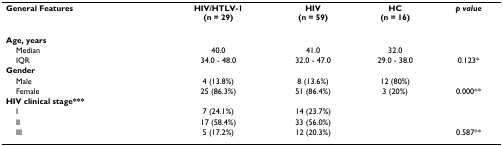
<table><thead><tr><td><b>General Features</b></td><td><b>HIV/HTLV-1(n = 29)</b></td><td><b>HIV(n = 59)</b></td><td><b>HC(n = 16)</b></td><td><b><i>p value</i></b></td></tr></thead><tbody><tr><td><b>Age, years</b></td><td></td><td></td><td></td><td></td></tr><tr><td> Median</td><td>40.0</td><td>41.0</td><td>32.0</td><td></td></tr><tr><td> IQR</td><td>34.0 - 48.0</td><td>32.0 - 47.0</td><td>29.0 - 38.0</td><td>0.123*</td></tr><tr><td><b>Gender</b></td><td></td><td></td><td></td><td></td></tr><tr><td> Male</td><td>4 (13.8%)</td><td>8 (13.6%)</td><td>12 (80%)</td><td></td></tr><tr><td> Female</td><td>25 (86.3%)</td><td>51 (86.4%)</td><td>3 (20%)</td><td>0.000**</td></tr><tr><td><b>HIV clinical stage***</b></td><td></td><td></td><td></td><td></td></tr><tr><td> I</td><td>7 (24.1%)</td><td>14 (23.7%)</td><td></td><td></td></tr><tr><td> II</td><td>17 (58.4%)</td><td>33 (56.0%)</td><td></td><td></td></tr><tr><td> III</td><td>5 (17.2%)</td><td>12 (20.3%)</td><td></td><td>0.587**</td></tr></tbody></table>